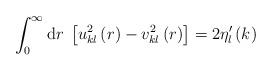
LaTeX: \begin{align*}\int_0^\infty{\rm d}r\;\left[u_{kl}^2\left(r\right)-v_{kl}^2\left(r\right)\right]=2\eta'_l\left(k\right)\end{align*}